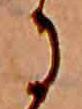
に